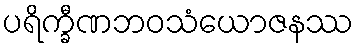
ပရိက္ခီဏဘဝသံယောဇနဿ